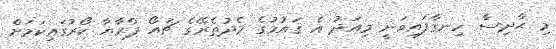
މި ޙާދިސާ ހިނގާފައިވަނީ މިއަދު އެ ޤައުމުގެ މެދުތެރޭގެ ޗައޯ ޕްރާޔާ ކޯރުގައިކަމަށް